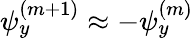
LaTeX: \psi_{y}^{(m+1)}\approx-\psi_{y}^{(m)}